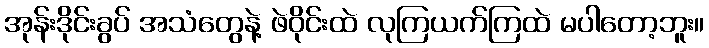
အုန်းဒိုင်းခွပ် အသံတွေနဲ့ ဖဲဝိုင်းထဲ လုကြယက်ကြထဲ မပါတော့ဘူး။